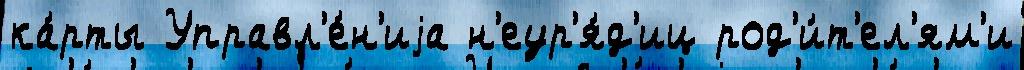
ка́рты Управл'е́н'иjа н'еур'я́д'иц род'и́т'ел'ям'и